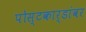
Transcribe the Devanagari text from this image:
पोस्टकार्डांवर